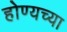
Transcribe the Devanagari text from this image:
होण्यच्या